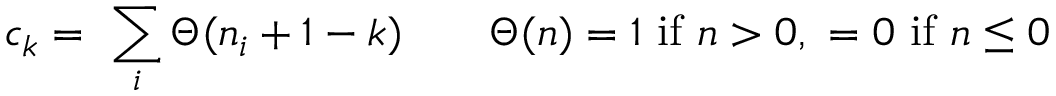
c _ { k } = \ \sum _ { i } \Theta ( n _ { i } + 1 - k ) \qquad \Theta ( n ) = 1 \mathrm { ~ i f ~ } n > 0 , \ = 0 \mathrm { ~ i f ~ } n \leq 0